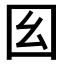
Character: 𡆩